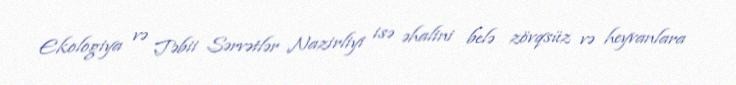
Ekologiya və Təbii Sərvətlər Nazirliyi isə əhalini belə zövqsüz və heyvanlara